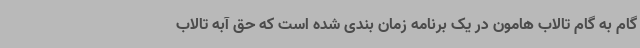
گام به گام تالاب هامون در یک برنامه زمان بندی شده است که حق آبه تالاب